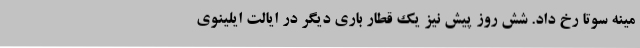
مینه سوتا رخ داد. شش روز پیش نیز یک قطار باری دیگر در ایالت ایلینوی